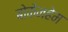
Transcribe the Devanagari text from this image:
बोकेनहेम